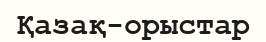
Қазақ-орыстар